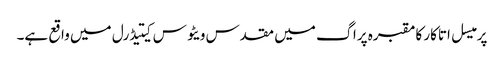
پرمیسل اتاکار کا مقبرہ پراگ میں مقدس ویٹوس کیتیڈرل میں واقع ہے۔